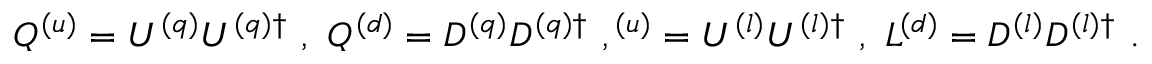
Q ^ { ( u ) } = U ^ { ( q ) } U ^ { ( q ) \dagger } \ , \ Q ^ { ( d ) } = D ^ { ( q ) } D ^ { ( q ) \dagger } \ , \L ^ { ( u ) } = U ^ { ( l ) } U ^ { ( l ) \dagger } \ , \ L ^ { ( d ) } = D ^ { ( l ) } D ^ { ( l ) \dagger } \ .